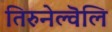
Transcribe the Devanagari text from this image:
तिरुनेल्वॆलि